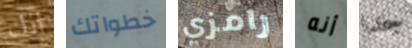
انك خطواتك رامزي أنه جدا